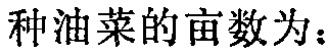
种油菜的亩数为：